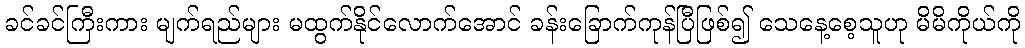
ခင်ခင်ကြီးကား မျက်ရည်များ မထွက်နိုင်လောက်အောင် ခန်းခြောက်ကုန်ပြီဖြစ်၍ သေနေ့စေ့သူဟု မိမိကိုယ်ကို